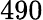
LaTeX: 490